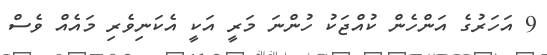
9 އަހަރުގެ އަންހެން ކުއްޖަކު ހުންނަ މަރީ އަކީ އެކަނިވެރި މައެއް ވެސް